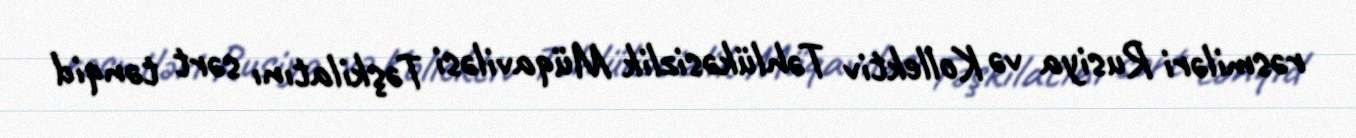
rəsmiləri Rusiya və Kollektiv Təhlükəsizlik Müqaviləsi Təşkilatını sərt tənqid